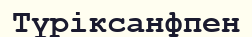
Түріксанфпен